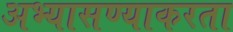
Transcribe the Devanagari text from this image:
अभ्यासण्याकरता